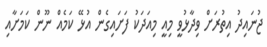
ޖުނައިދު އިތުރަށް ވިދާޅުވީ މިއީ މިއަދަކު ފަށައިގެން އުޅޭ ކަމެއް ނޫން ކަމަށާއި